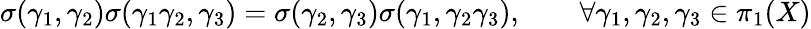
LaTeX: \sigma(\gamma_{1},\gamma_{2})\sigma(\gamma_{1}\gamma_{2},\gamma_{3})=\sigma(\gamma_{2},\gamma_{3})\sigma(\gamma_{1},\gamma_{2}\gamma_{3}),\qquad\forall\gamma_{1},\gamma_{2},\gamma_{3}\in\pi_{1}(X)